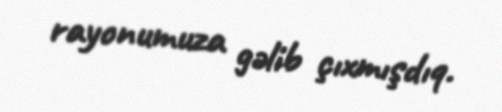
rayonumuza gəlib çıxmışdıq.